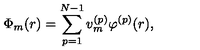
\Phi _ { m } ( r ) = \sum _ { p = 1 } ^ { N - 1 } v _ { m } ^ { ( p ) } \varphi ^ { ( p ) } ( r ) ,